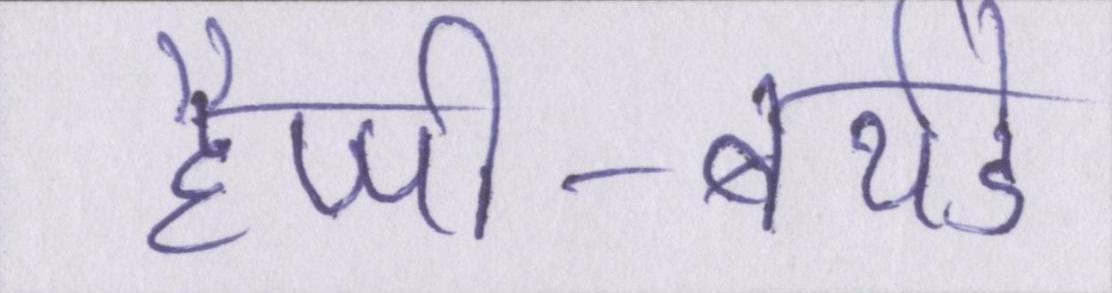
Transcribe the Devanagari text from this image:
हैप्पी-बर्थडे